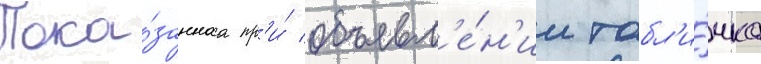
Пока́заннаа пр'и́ объявл'е́н'ии табл'и́чка